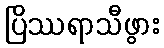
ပြိဿရာသီဖွား